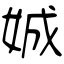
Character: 娍